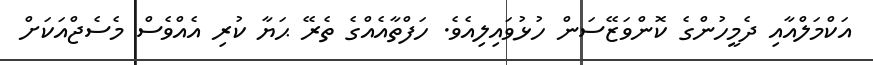
އަކްމަލްއާއި ދެމީހުންގެ ކޮންވަޒޭސަން ހުޅުވައިލިއެވެ. ހަފްތާއެއްގެ ތެރޭ ޙަޔާ ކުރި އެއްވެސް މެސެޖްއަކަށް